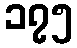
၁၇၅